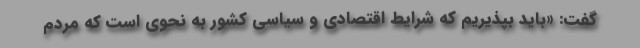
گفت: «باید بپذیریم که شرایط اقتصادی و سیاسی کشور به نحوی است که مردم